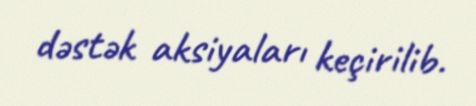
dəstək aksiyaları keçirilib.